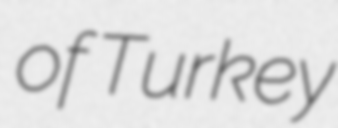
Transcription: of Turkey